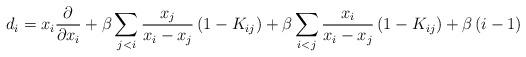
LaTeX: \begin{align*}d_i=x_i\frac{\partial}{\partial x_i}+\beta \sum_{j<i}\frac{x_j}{x_i-x_j}\left( 1 - K_{ij}\right)+\beta \sum_{i<j}\frac{x_i}{x_i-x_j}\left( 1 - K_{ij}\right)+\beta\left(i-1\right)\end{align*}